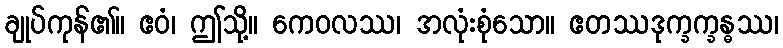
ချုပ်ကုန်၏။ ဧဝံ၊ ဤသို့။ ကေဝလဿ၊ အလုံးစုံသော။ ဧတဿဒုက္ခက္ခန္ဓဿ၊